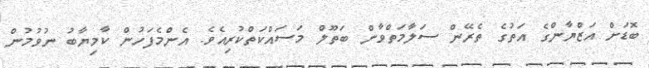
ބޮޑަށް އަޒްޔާންގެ އަތުގެ ތެރޭން ސަލާމަތްވާން ބަތޫލް މަސައްކަތްކުރިއެވެ. އެންމެފަހުން ކާމިޔާބު ނުވުމުން